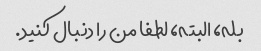
بله، البته، لطفا من را دنبال کنید.